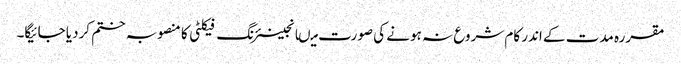
مقررہ مدت کے اندر کام شروع نہ ہونے کی صورت میںانجینئرنگ فیکلٹی کا منصوبہ ختم کردیا جائیگا۔